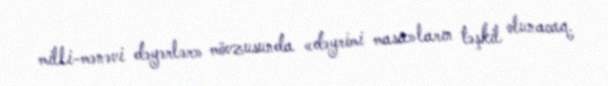
milli-mənəvi dəyərlər» mövzusunda «dəyrimi masa»ların təşkil olunacaq.